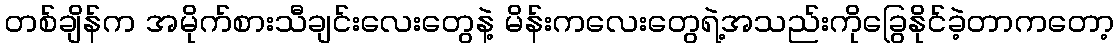
တစ်ချိန်က အမိုက်စားသီချင်းလေးတွေနဲ့ မိန်းကလေးတွေရဲ့အသည်းကိုခြွေနိုင်ခဲ့တာကတော့